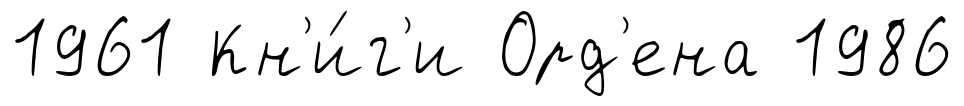
1961 Кн'и́г'и Орд'ена 1986